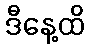
ဒီနေ့ထိ